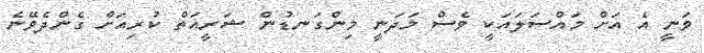
ވަނީ އެ އަށް މައްސަލައަކީ ވެސް މަދަނީ މިންގަނޑުން ޝަރީއަތް ކުރިއަށް ގެންދެވޭނެ